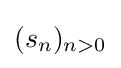
(s_{n})_{n>0}